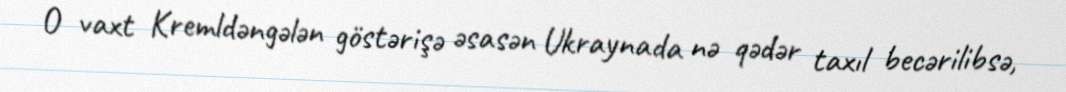
O vaxt Kremldəngələn göstərişə əsasən Ukraynada nə qədər taxıl becərilibsə,